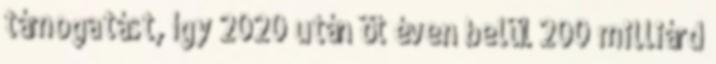
támogatást, így 2020 után öt éven belül 200 milliárd